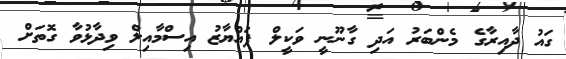
ގައު ދާއިރާގެ މެންބަރު އަދި ގާނޫނީ ވަކީލް ފައްޔާޒު އިސްމާއިލް ވިދާޅުވާ ގޮތަށް